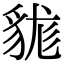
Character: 𧳑